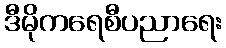
ဒီမိုကရေစီပညာရေး